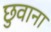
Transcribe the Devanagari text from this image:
छुवाना